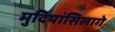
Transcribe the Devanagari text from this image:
मुदियांसिलागे